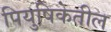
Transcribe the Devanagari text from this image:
पियुषिकेतील